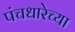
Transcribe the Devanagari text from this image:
पंचधारेच्या